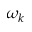
\omega _ { k }